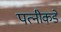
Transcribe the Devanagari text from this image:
पत्‍नीकडे